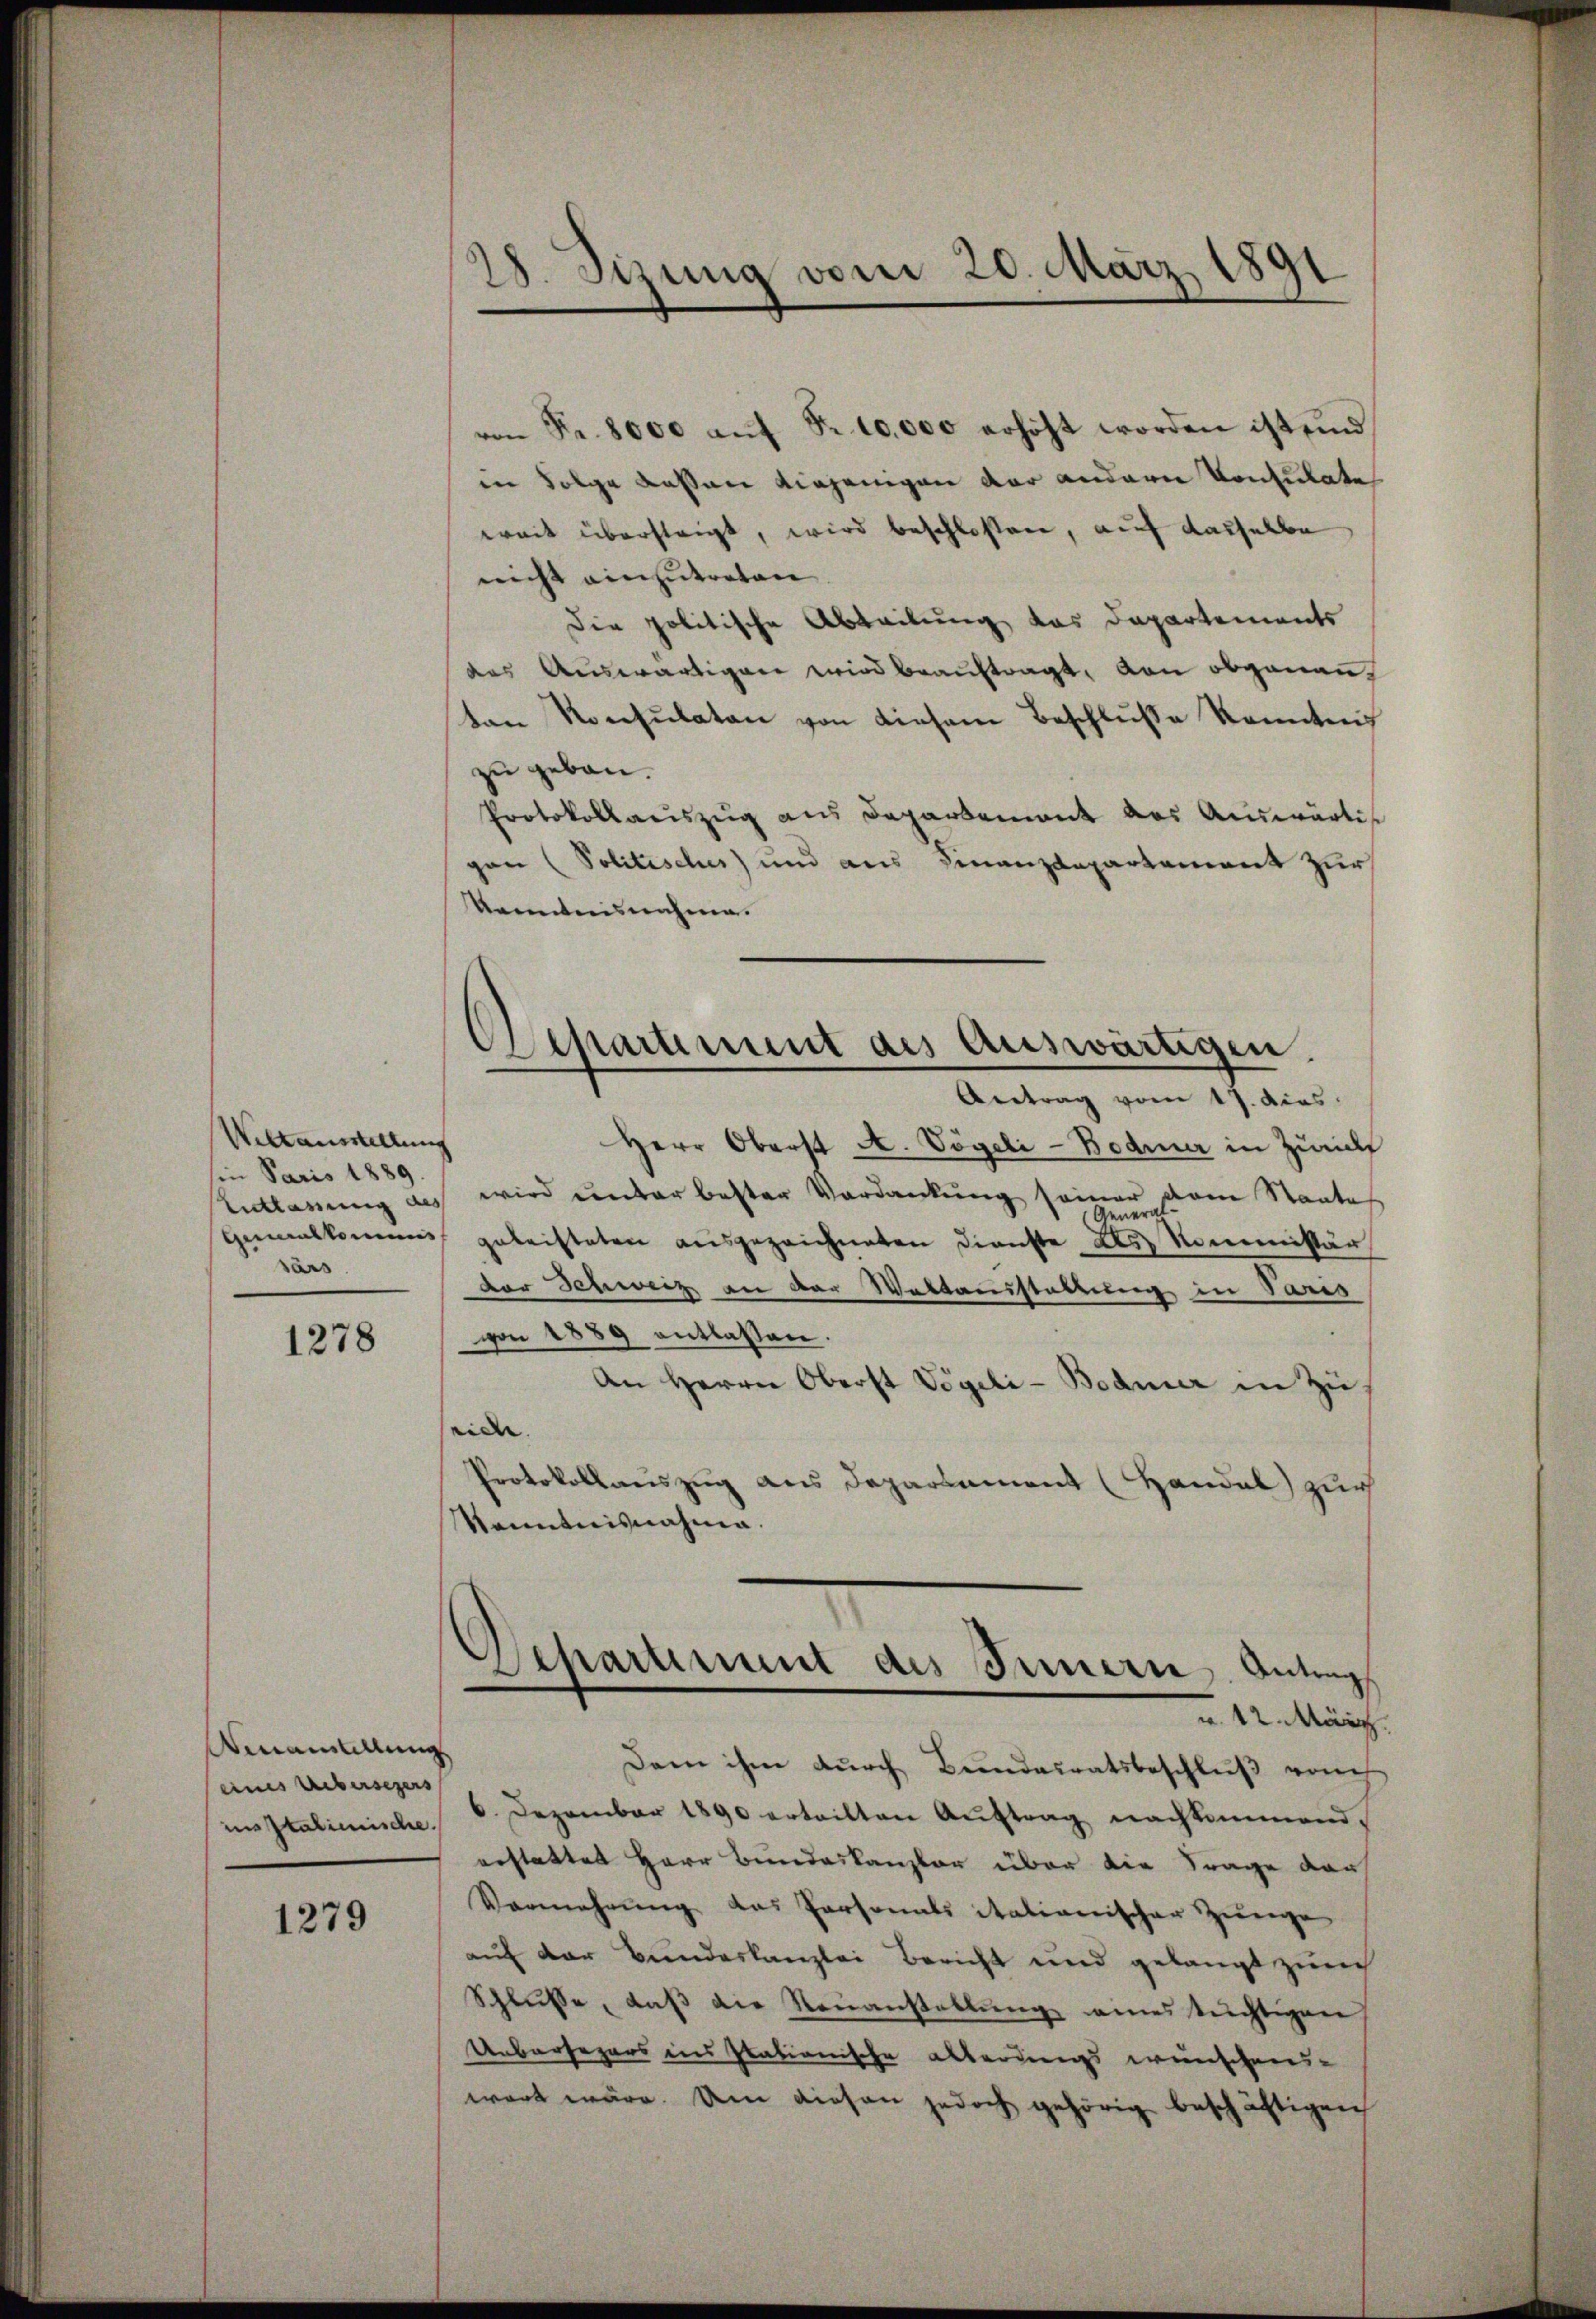
Weltausstellung
in Paris 1889
sars.

1278

Venantellung
seines Uebersehers

1279

von Fr. 8000 aŭf Fr. 10,000 erhöht worden ist und
in Folge dessen diejenigen der andern Konsulate
weit übersteigt, wird beschlossen, auf dasselbe
nicht einzutreten
Die politische Abteilung das Departements
das Auswärtigen wird beauftragt, von obgenauten Konsulaten von diesem Beschluße kanntnis
zu geben.
Protokollaŭszŭg ans Departement des Auswärti
gan (Politisches) und aus Finanzdepartement zur
kanntnisnahme.

28. Sizung vom 20. März 1891

Departement des Auswärtigen.
Antrag vom 17. ders.

Herr Oberst A. Vögeli-Bodmer in Zürich
Entlassung als wird unter bester Verdankung seiner vom Staates
(General-
Generalkommes geleisteten ausgezeichneten Dienste des Kommissär
der Schweiz an der Wattausstaltung in Paris
von 1889 entlaßen.
An Herrn Oberst Vögeli-Bodmer in Zu
ridee |
Protokollauszug aus Departament (Handal) zur
Kenntnisnahme.

Schartiment des Innern Antrag
u. 12. März.

Dem ihm durch Bundesratsbeschluß vom
in Italienische. 8. Dezember 1890 erteilten Aŭftrag nachkommend
erstattet Herr Bundeskanzler über die Frage dar
Vermehrŭng das Personals italianischer Zunge
auf der Bundeskanzlei Bericht und gelangt zürch
Schlusse, daß die Neuanstellung eines tüchtigen
Uebersagers ins stationische Alberdings wünschens-
wart wäre. Um diesen jedoch gehörig beschäftigen